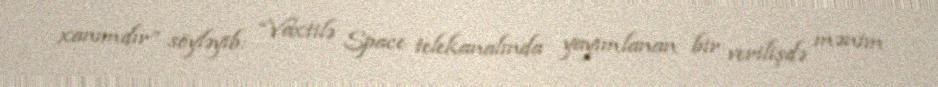
xanımdır” söyləyib: “Vaxtilə Space telekanalında yayımlanan bir verilişdə mənim